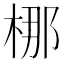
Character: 梛